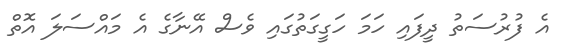
އެ ފުރުސަތު ދީފައި ހަމަ ހަގީގަތުގައި ވެސް އޭނާގެ އެ މައްސަލަ އޮތް